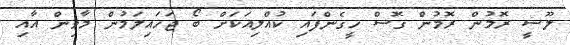
ލޫސީ ރޮމުން ރޮމުން ގޮސް ހީގެންފައި ކުއްލިއަކަށް ބޯ ޖަހައިލަމުން މާވިން އާއި